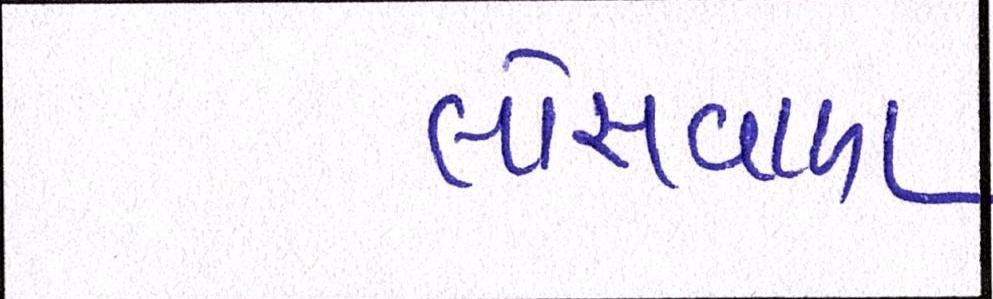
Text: લોસવાળા